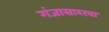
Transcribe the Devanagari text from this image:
गंजासारखा